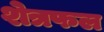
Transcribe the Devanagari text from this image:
शेत्रफल